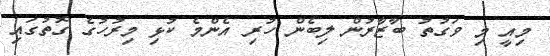
މިއީ މި ވަގުތު ބާޒާރުން ލިބެން ހުރި އެންމެ ކުޅި މިރުހުގެ ގޮތުގައި